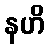
နဟိ